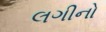
લગીનો